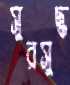
সুরসুদ্ধ